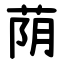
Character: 荫